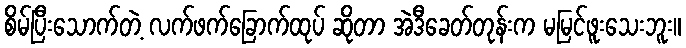
စိမ်ပြီးသောက်တဲ့ လက်ဖက်ခြောက်ထုပ် ဆိုတာ အဲဒီခေတ်တုန်းက မမြင်ဖူးသေးဘူး။